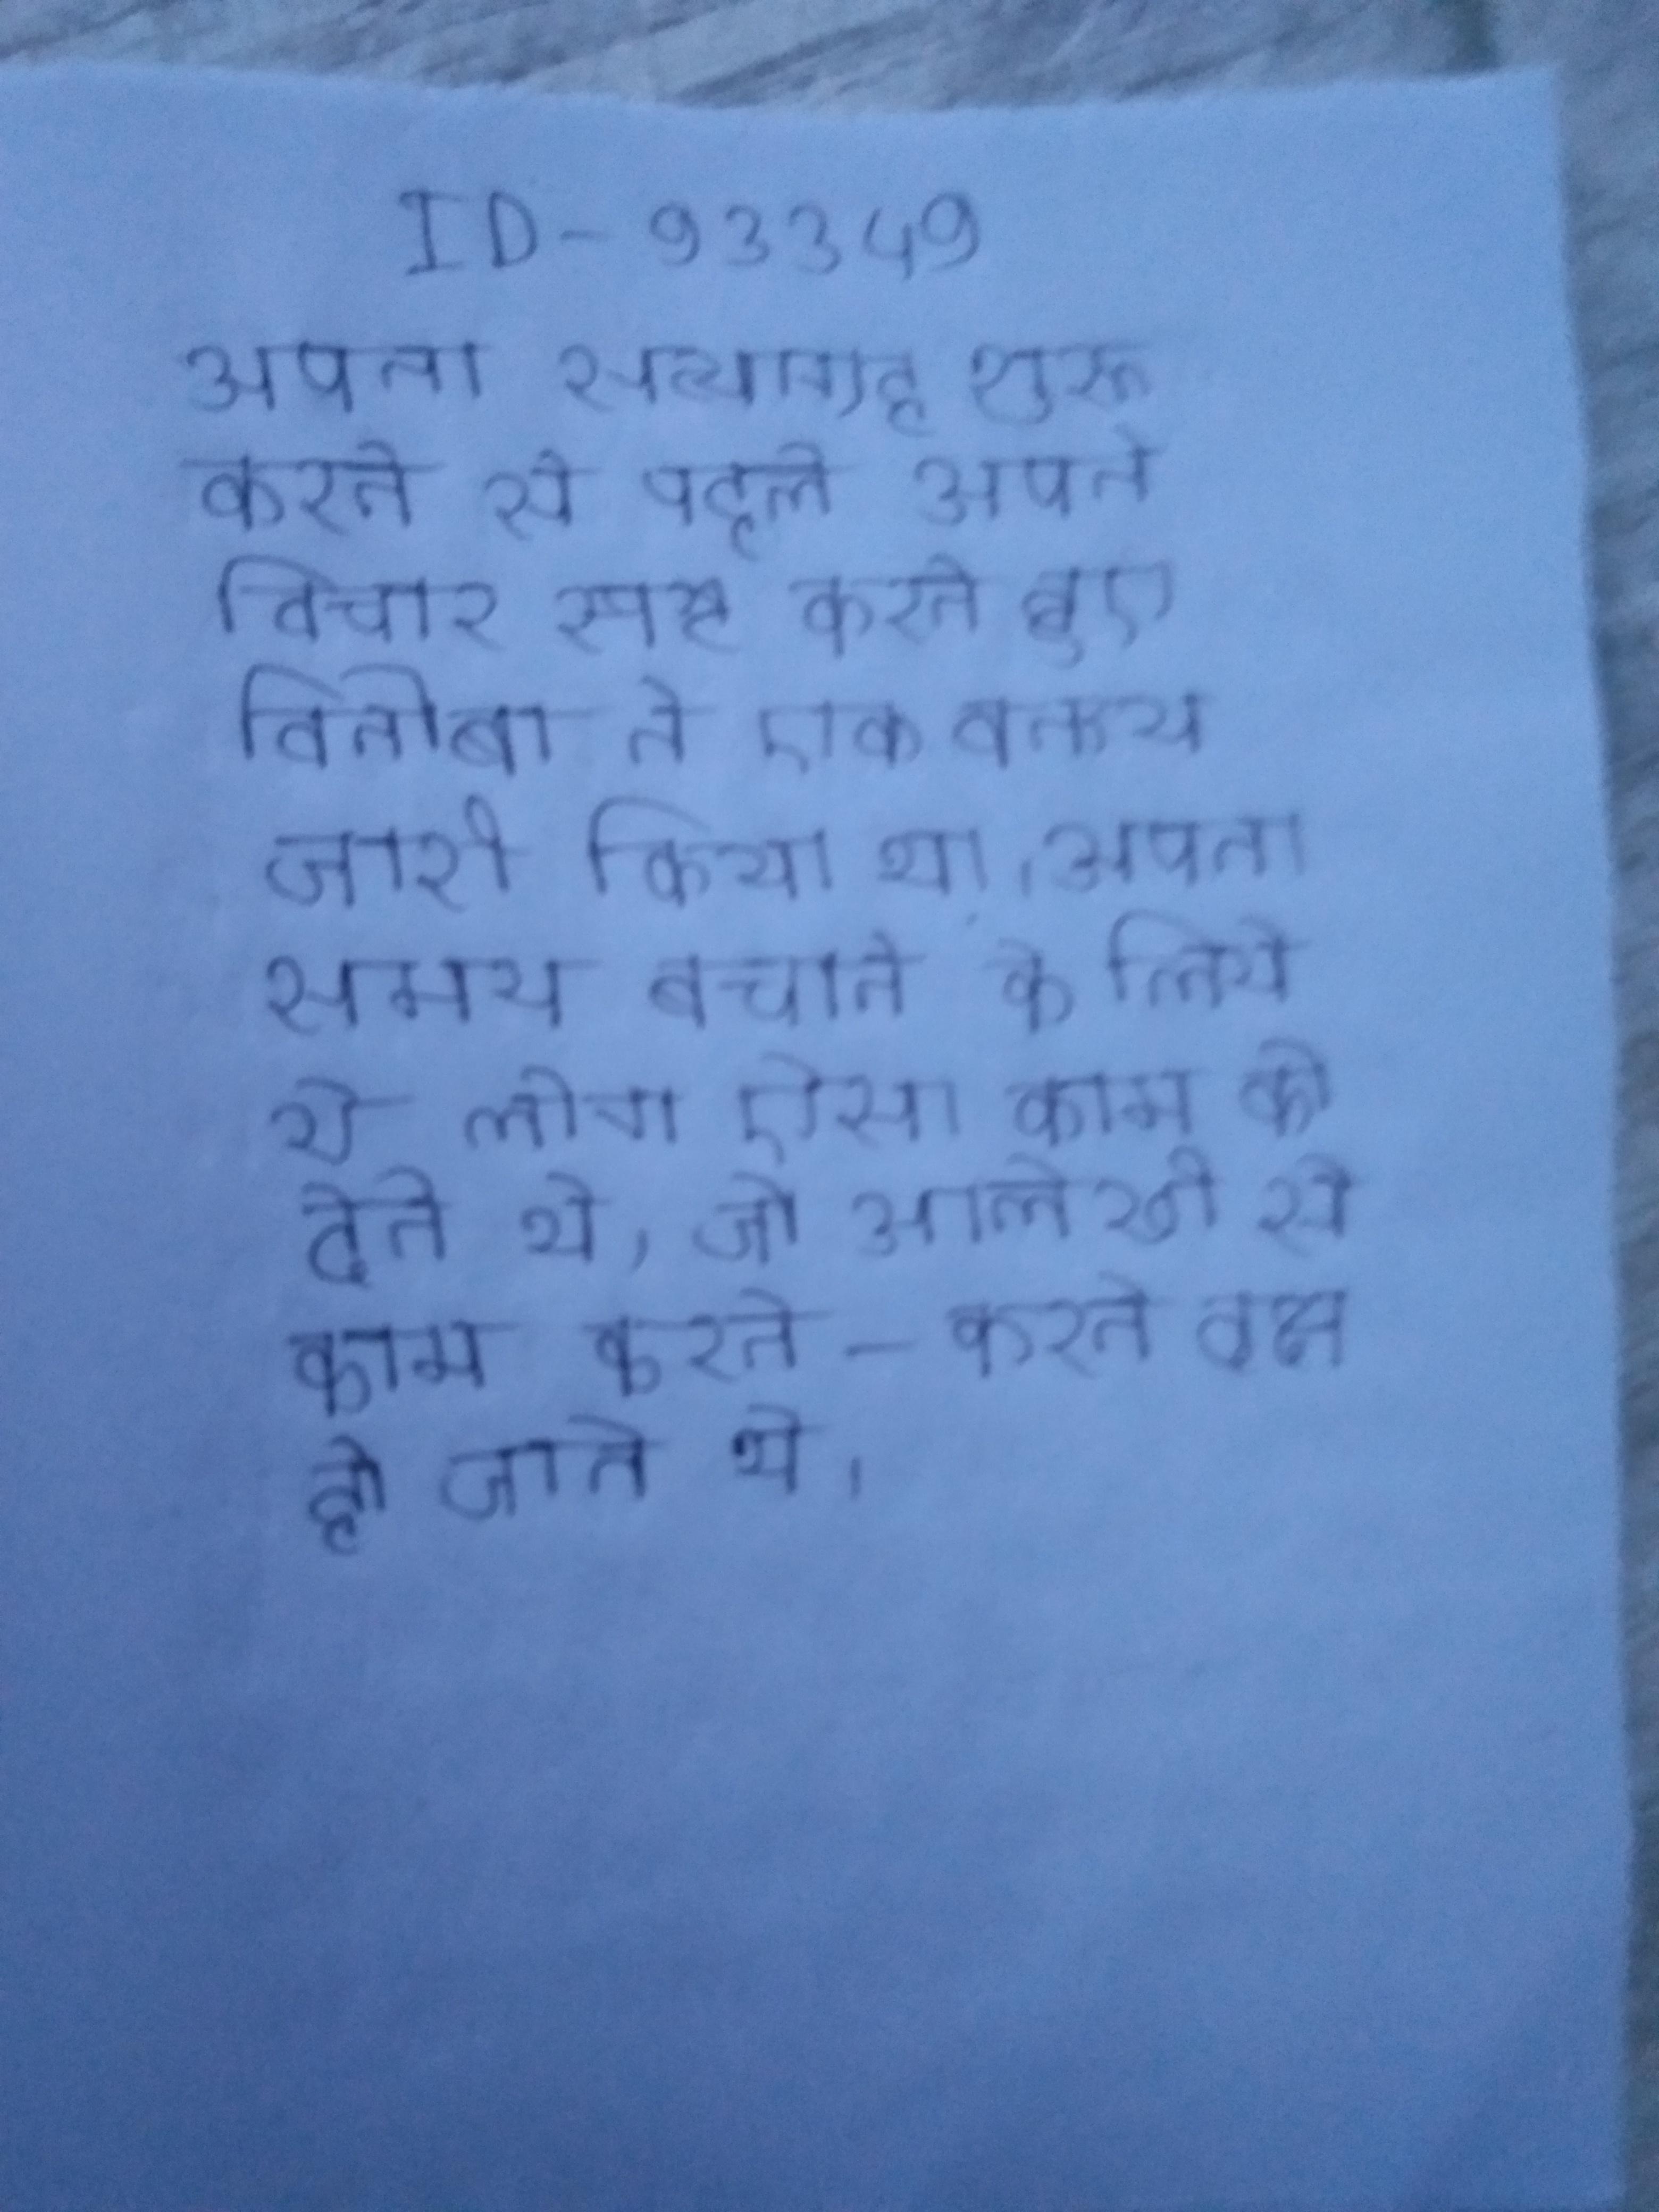
अपना सत्याग्रह शुरू करने से पहले अपने विचार स्पष्ट करते हुए विनोबा ने एक वक्तव्य जारी किया था । अपना समय बचाने के लिये ये लोग ऐसा काम को देते थे, जो आलेखी से काम करते-करते दक्ष हो जाते थे ।